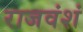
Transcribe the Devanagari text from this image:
राजवंशं